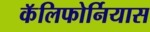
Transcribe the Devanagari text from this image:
कॅलिफोर्नियास